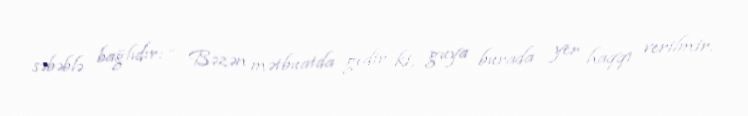
səbəblə bağlıdır: “ Bəzən mətbuatda gedir ki, guya burada yer haqqı verilmir.